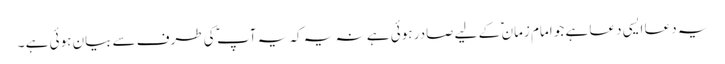
یہ دعا ایسی دعا ہے جو امام زمان ؑ کے لیے صادر ہوئی ہے نہ یہ کہ یہ آپ ؑ کی طرف سے بیان ہوئی ہے ۔